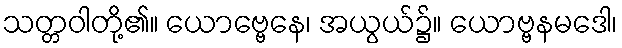
သတ္တဝါတို့၏။ ယောဗ္ဗေနေ၊ အယွယ်၌။ ယောဗ္ဗနမဒေါ၊